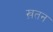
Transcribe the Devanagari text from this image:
ख़तन